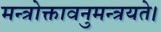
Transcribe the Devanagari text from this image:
मन्त्रोक्तावनुमन्त्रयते।